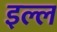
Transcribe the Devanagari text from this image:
इल्ल